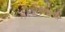
કીડીઓની